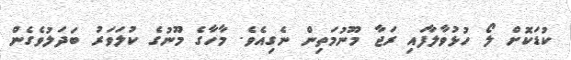
ކުޑަކޮށް ލޯ ހުޅުވާލާފައި ރަޖާ މޫނުމަތިން ނެގިއެވެ. މާހާގެ މޫނުގެ ކުލަވަރު ބަދަލުވެގެން